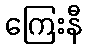
ကြေးနီ